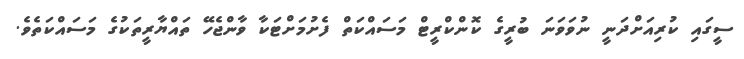
ސީގައި ކުރިއަށްދަނީ ނުވަވަނަ ބުރީގެ ކޮންކްރީޓް މަސައްކަތް ފެށުމަށްޓަކާ ވާންޖެހޭ ތައްޔާރީތަކުގެ މަސައްކަތެވެ.